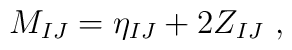
M_{IJ} = \eta_{IJ} + 2 Z_{IJ}   \ ,